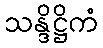
သန္ဒိဋ္ဌိကံ